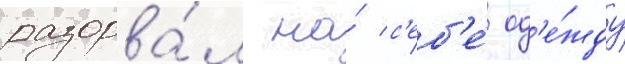
разорва́л на́ с'еб'е́ од'е́жду